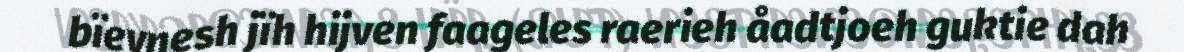
bïevnesh jïh hijven faageles raerieh åadtjoeh guktie dah